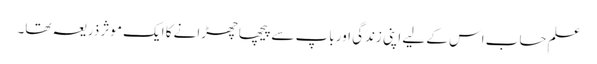
علمِ حساب اس کے لیے اپنی زندگی اور باپ سے پیچھا چھڑانے کا ایک موثر ذریعہ تھا۔